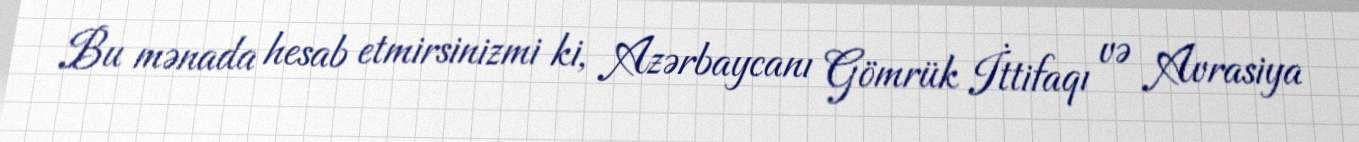
Bu mənada hesab etmirsinizmi ki, Azərbaycanı Gömrük İttifaqı və Avrasiya